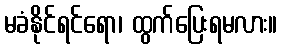
မခံနိုင်ရင်ရော၊ ထွက်ပြေးရမလား။